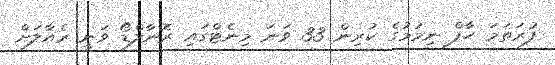
ފުރަތަމަ ހާފް ނިމުމުގެ ކުރިން 33 ވަނަ މިނެޓްގައި ރޮނާލްޑޯ ވަނީ ރެއާލަށް